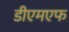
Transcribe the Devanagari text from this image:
डीएमएफ